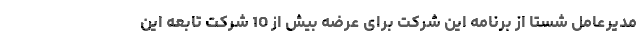
مدیرعامل شستا از برنامه این شرکت برای عرضه بیش از 10 شرکت تابعه این